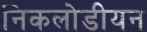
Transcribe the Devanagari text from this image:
निकलोडीयन